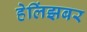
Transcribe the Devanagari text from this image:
हेलिंझबर